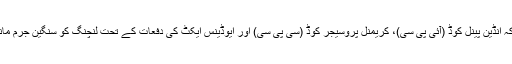
این بی ٹی میں شائع ایک خبر کے مطابق ؛ ذرائع نے بتایا کہ انڈین پینل کوڈ (آئی پی سی)، کریمنل پروسیجر کوڈ (سی پی سی) اور ایوڈینس ایکٹ کی دفعات کے تحت لنچنگ کو سنگین جرم مانے جانے اور سخت سزاکے لئے اہتمام کئے جا سکتے ہیں۔